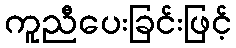
ကူညီပေးခြင်းဖြင့်